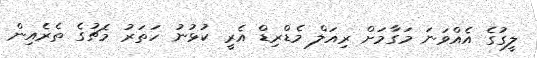
ލީގުގެ އެއްވަނަ މަގާމަށް ރިއަލް މެޑްރިޑް އެރީ ކުޅުނު ހަތަރު މެޗުގެ ތެރެއިން